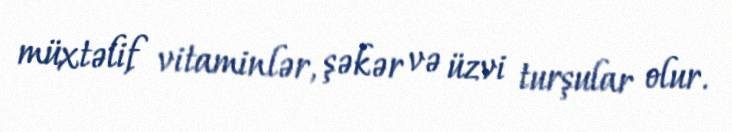
müxtəlif vitaminlər, şəkər və üzvi turşular olur.